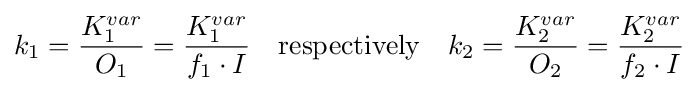
k_{1}={\frac {K_{1}^{var}}{O_{1}}}={\frac {K_{1}^{var}}{f_{1}\cdot I}}\quad {\text{respectively}}\quad k_{2}={\frac {K_{2}^{var}}{O_{2}}}={\frac {K_{2}^{var}}{f_{2}\cdot I}}